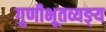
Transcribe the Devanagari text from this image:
गुणीभूतव्यङ्य